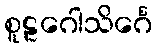
စူဠဂေါသိင်္ဂေ